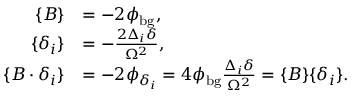
\begin{array} { r l } { \{ B \} } & { = - 2 \phi _ { \mathrm { b g } } , } \\ { \{ \delta _ { i } \} } & { = - \frac { 2 \Delta _ { i } \delta } { \Omega ^ { 2 } } , } \\ { \{ B \cdot \delta _ { i } \} } & { = - 2 \phi _ { \delta _ { i } } = 4 \phi _ { \mathrm { b g } } \frac { \Delta _ { i } \delta } { \Omega ^ { 2 } } = \{ B \} \{ \delta _ { i } \} . } \end{array}